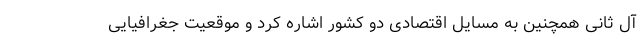
آل ثانی همچنین به مسایل اقتصادی دو کشور اشاره کرد و موقعیت جغرافیایی